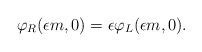
LaTeX: \begin{align*}\varphi_R(\epsilon m, 0)=\epsilon \varphi_L(\epsilon m,0).\vspace{0.5in}\end{align*}